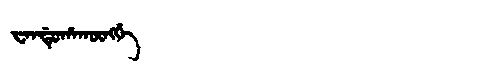
Manchu: ᠸᠠᠨᡩᡠᡥᠠᡴᡡᠩᡤᡝ
Romanization: WANDUHAKŪNGGE